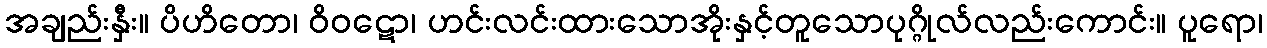
အချည်းနှီး။ ပိဟိတော၊ ဝိဝဋော၊ ဟင်းလင်းထားသောအိုးနှင့်တူသောပုဂ္ဂိုလ်လည်းကောင်း။ ပူရော၊